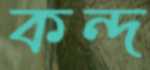
কন্দ